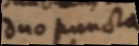
duo puncta